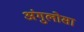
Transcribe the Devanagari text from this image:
अंगुलोसा